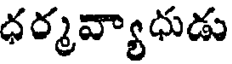
ధర్మవ్యాధుడు